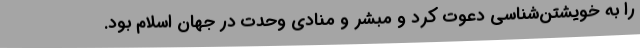
را به خویشتن‌شناسی دعوت کرد و مبشر و منادی وحدت در جهان اسلام بود.